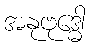
အနုဗုဒ္ဓေါ